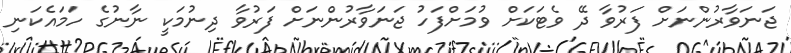
ޖަނަވާރުންނަށް ފަރުވާ ދޭ ވެޓަކަށް ވުމަށްފަހު ޖަނަވާރުންނަށް ފަރުވާ ދިނުމަކީ ނާނުގެ ހަމައެކަނި